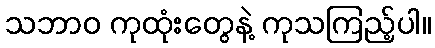
သဘာဝ ကုထုံးတွေနဲ့ ကုသကြည့်ပါ။